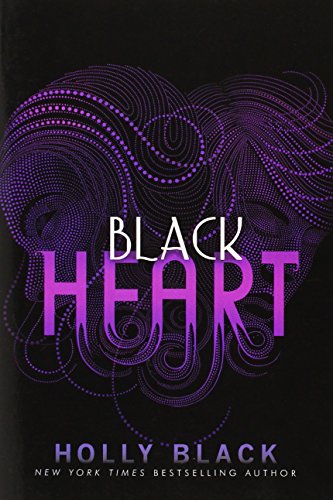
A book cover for Black Heart (The Curse Workers); Holly Black; Teen & Young Adult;